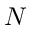
N